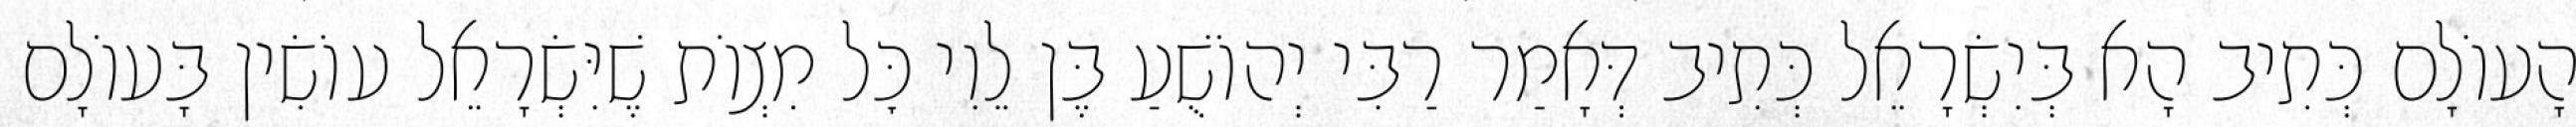
הָעוֹלָם כְּתִיב הָא בְּיִשְׂרָאֵל כְּתִיב דְּאָמַר רַבִּי יְהוֹשֻׁעַ בֶּן לֵוִי כׇּל מִצְוֹת שֶׁיִּשְׂרָאֵל עוֹשִׂין בָּעוֹלָם